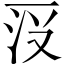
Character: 𱍗